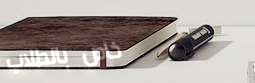
خاص بالطلاب